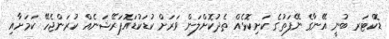
ޑޮކްޓަރ ބުނީ އޭނާގެ ނޭފަތުގެ ކަށިކޮޅެއް ތެދުކޮށްލަން ވަރަށް ކުޑަކުޑައޮޕަރޭޝަނެއް ކުރަންޖެހޭ ކަމަށާއި